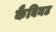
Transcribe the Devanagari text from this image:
कैबिनट